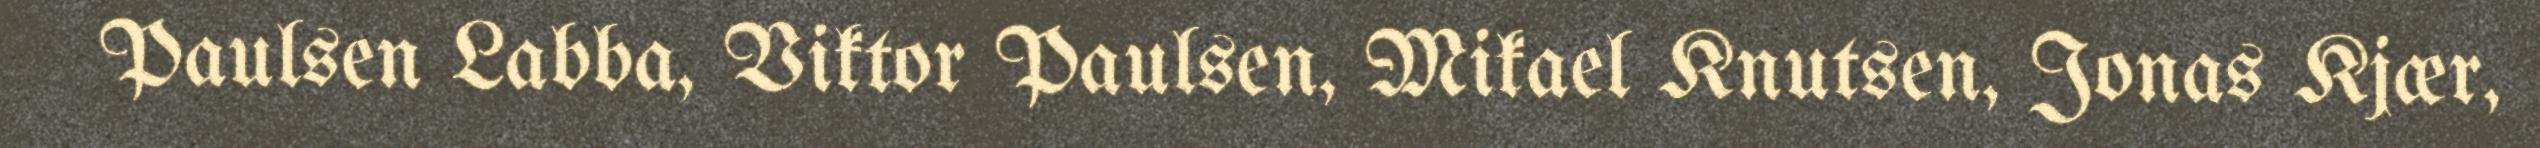
Paulsen Labba, Viktor Paulsen, Mikael Knutsen, Jonas Kjær,